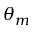
\theta _ { m }